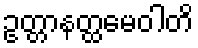
ဥတ္တာနတ္ထမေဝါတိ